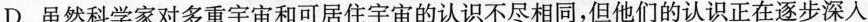
D.虽然科学家对多重宇宙和可居住宇宙的认识不尽相同，但他们的认识正在逐步深入